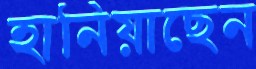
হানিয়াছেন